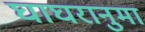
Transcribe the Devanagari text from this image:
घाघरानुमा